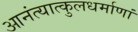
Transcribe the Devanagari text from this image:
आनंत्यात्कुलधर्माणां